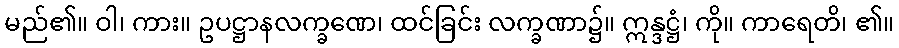
မည်၏။ ဝါ၊ ကား။ ဥပဋ္ဌာနလက္ခဏေ၊ ထင်ခြင်း လက္ခဏာ၌။ ဣန္ဒဋ္ဌံ၊ ကို။ ကာရေတိ၊ ၏။